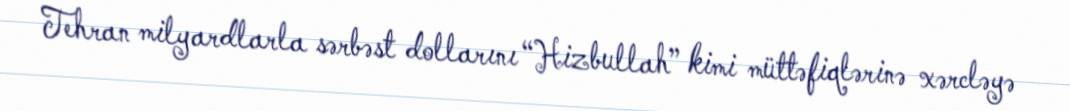
Tehran milyardlarla sərbəst dollarını “Hizbullah” kimi müttəfiqlərinə xərcləyə